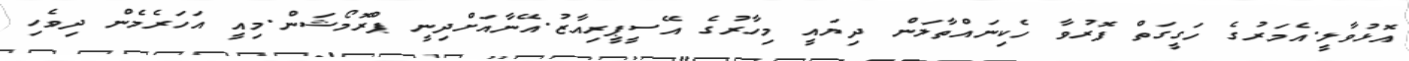
އޮޅުވާލީ.އެމަރުގެ ހަގީގަތް ފޮރުވާ ހެކިނައްތާލަން ދިޔައީ މިހާރުގެ އޭސީޕީރިއާޒު.އޭނާއަށްދިނީ ޕްރޮމޯޝަން.މިއީ އަހަރެމެން ދިވެހި